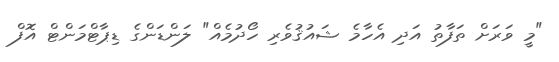
"މީ ވަރަށް ތަފާތު އަދި އެހާމެ ޝައުޤުވެރި ހޯދުމެއް" ލަންޑަންގެ ޑިޕާޓްމަންޓް އޮފް